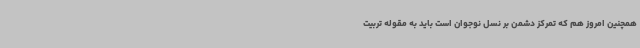
همچنین امروز هم که تمرکز دشمن بر نسل نوجوان است باید به مقوله تربیت